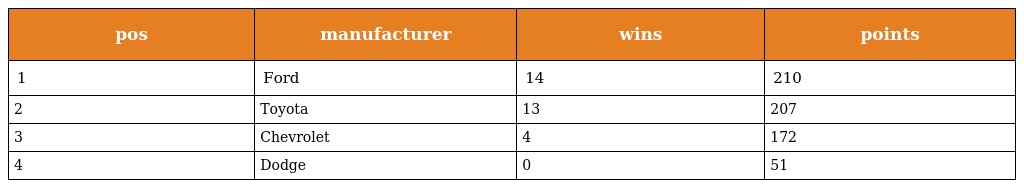
| pos | manufacturer | wins | points |
 | --- | --- | --- | --- |
 | 1 | Ford | 14 | 210 |
 | 2 | Toyota | 13 | 207 |
 | 3 | Chevrolet | 4 | 172 |
 | 4 | Dodge | 0 | 51 |